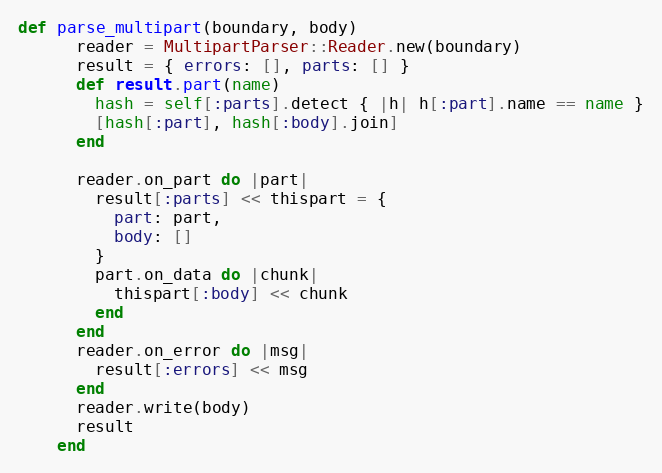
Language: Ruby
def parse_multipart(boundary, body)
      reader = MultipartParser::Reader.new(boundary)
      result = { errors: [], parts: [] }
      def result.part(name)
        hash = self[:parts].detect { |h| h[:part].name == name }
        [hash[:part], hash[:body].join]
      end

      reader.on_part do |part|
        result[:parts] << thispart = {
          part: part,
          body: []
        }
        part.on_data do |chunk|
          thispart[:body] << chunk
        end
      end
      reader.on_error do |msg|
        result[:errors] << msg
      end
      reader.write(body)
      result
    end